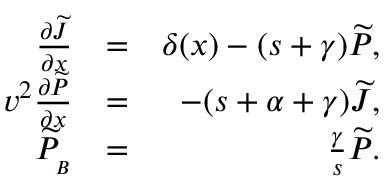
\begin{array} { r l r } { \frac { \partial { \widetilde { J } } } { \partial x } } & { = } & { \delta ( x ) - ( s + \gamma ) { \widetilde P } , } \\ { v ^ { 2 } \frac { \partial { \widetilde P } } { \partial x } } & { = } & { - ( s + \alpha + \gamma ) { \widetilde J } , } \\ { { \widetilde P } _ { _ B } } & { = } & { \frac { \gamma } { s } { \widetilde P } . } \end{array}